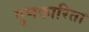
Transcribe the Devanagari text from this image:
गुणकारिता